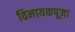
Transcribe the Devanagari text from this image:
विनायकपूजा